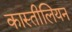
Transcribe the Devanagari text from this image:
कास्तीलियन